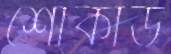
শোকার্ড